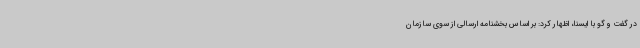
در گفت و گو با ایسنا، اظهار کرد: بر اساس بخشنامه ارسالی از سوی سازمان